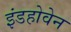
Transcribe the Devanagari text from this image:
इंडहोवेन